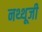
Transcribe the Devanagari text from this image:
नथ्थूजी